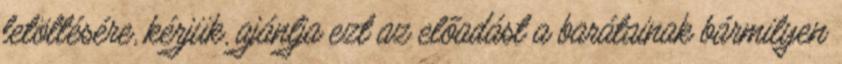
letöltésére, kérjük, ajánlja ezt az előadást a barátainak bármilyen